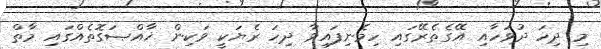
މި ދިހަ ދުވަހާއި އޭގެތެރޭގައި ހިމެނިފައިވާ ދިހަ ރެޔަކީ ވަކިން ޚާއްޞަގޮތެއްގައި މާތް